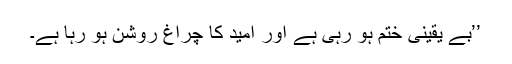
’’بے یقینی ختم ہو رہی ہے اور اُمید کا چراغ روشن ہو رہا ہے۔